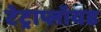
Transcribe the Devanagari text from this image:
टेट्राप्लॉयड